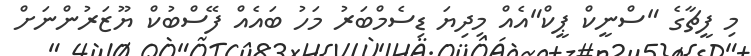
މި ފީޗާގެ "ސްނީކް ޕީކް"އެއް މިދިޔަ ޑިސެމްބަރު މަހު ބައެއް ފޭސްބުކް ޔޫޒަރުންނަށް